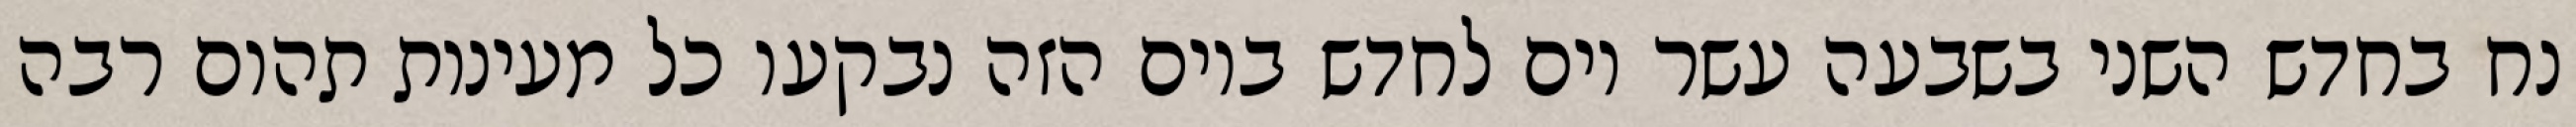
נח בחדש השני בשבעה עשר יום לחדש ביום הזה נבקעו כל מעינות תהום רבה